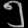
Digit: ၅